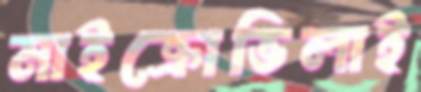
মাইক্রোভিলাই